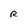
Character: R